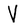
Character: V